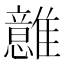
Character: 𩁈